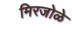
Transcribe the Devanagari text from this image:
मिरजोळे